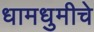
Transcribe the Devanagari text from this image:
धामधुमीचे